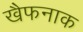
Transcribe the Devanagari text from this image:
खैफनाक